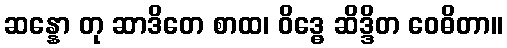
ဆန္နော တု ဆာဒိတေ စာထ၊ ဝိဒ္ဓေ ဆိဒ္ဒိတ ဝေဓိတာ။